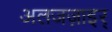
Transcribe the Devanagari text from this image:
अलजज़ाइर्